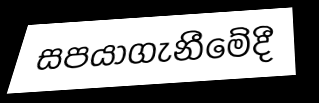
සපයාගැනීමේදී